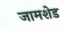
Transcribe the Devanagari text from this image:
जामशेड